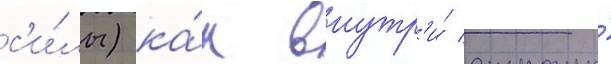
с'и́лы) ка́к внутр'и́ страны́